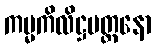
ကမ္မကိလိဋ္ဌမတ္တနော